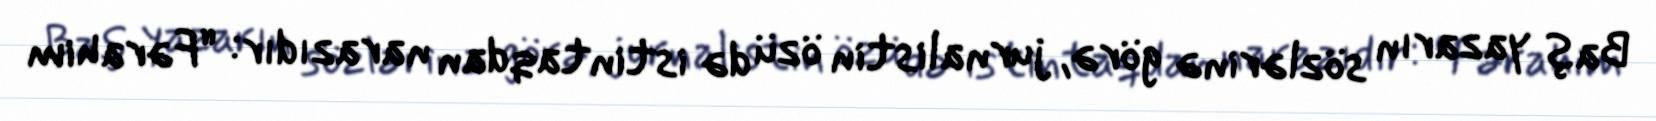
Baş yazarın sözlərinə görə, jurnalistin özü də istintaqdan narazıdır: “Fərahim